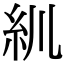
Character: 𥾖